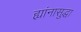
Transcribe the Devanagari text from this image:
ह्यांनासुद्धा